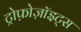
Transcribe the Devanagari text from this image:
ट्रोफ़ोज़ॉइट्स